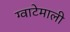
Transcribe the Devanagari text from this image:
ग्वाटेमाली